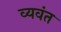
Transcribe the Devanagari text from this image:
व्यवंत